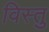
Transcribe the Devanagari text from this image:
विस्तु